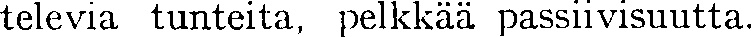
televia tunteita, pelkkää passiivisuutta.